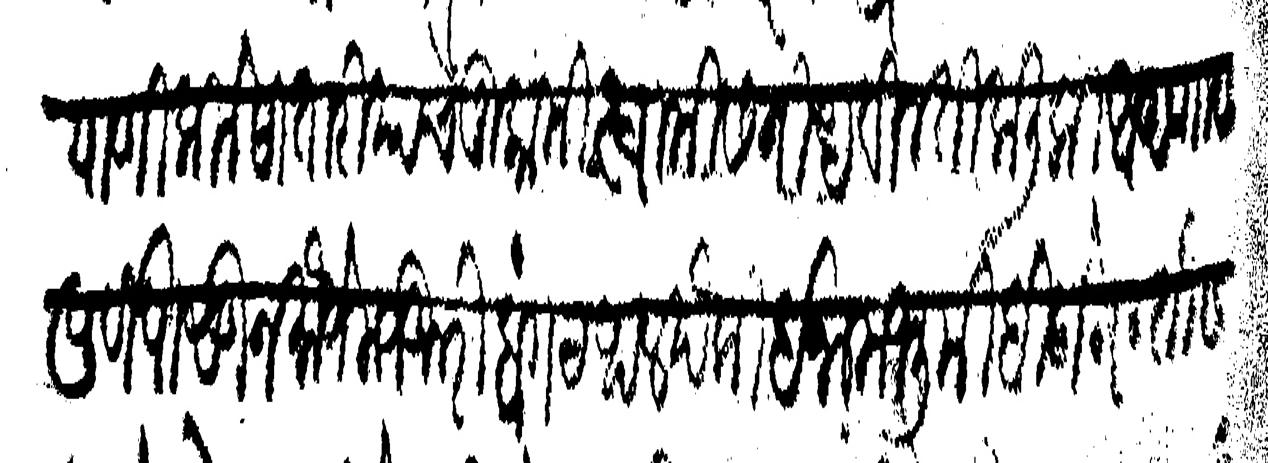
Transliteration (Devanagari): याणी किले सातारियाचे मुकामी स्वामी सनिध विनती कली की आपणास पूर्वी पासून मौजे मजकुरी बांगटथल पैकी इनाम भूमी बिघे तीस